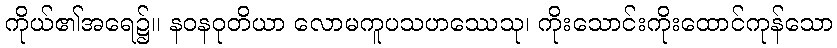
ကိုယ်၏အရေ၌။ နဝနဝုတိယာ လောမကူပသဟဿေသု၊ ကိုးသောင်းကိုးထောင်ကုန်သော